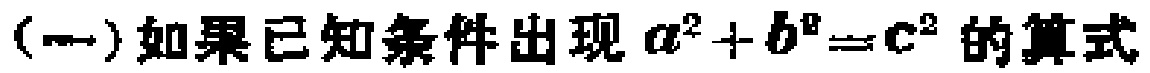
(一)如果已知条件出现\(a^{2}+b^{2}=c^{2}\)的算式